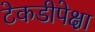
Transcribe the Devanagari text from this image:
टेकडीपेक्षा